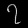
Digit: ၇